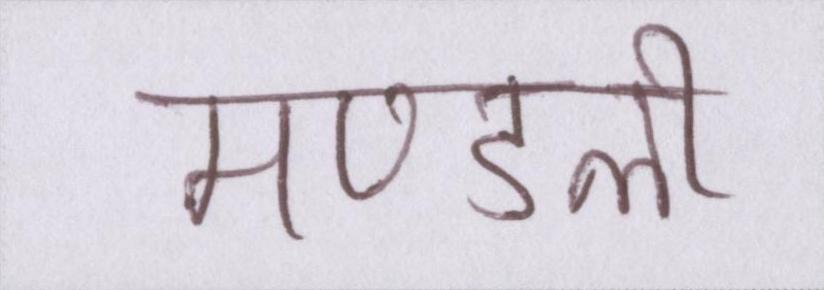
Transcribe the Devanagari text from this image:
मण्डली